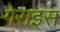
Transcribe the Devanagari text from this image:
गेराइस